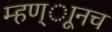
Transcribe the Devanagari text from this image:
म्हण्ाूनच